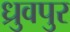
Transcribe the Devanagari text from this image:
ध्रुवपुर